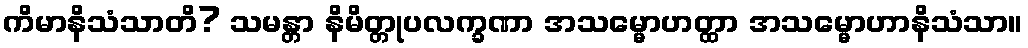
ကိမာနိသံသာတိ? သမန္တာ နိမိတ္တုပလက္ခဏာ အသမ္မောဟတ္ထာ အသမ္မောဟာနိသံသာ။